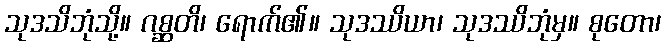
သုဒသိဘုံသို့။ ဂစ္ဆတိ၊ ရောက်၏။ သုဒဿိယာ၊ သုဒဿိဘုံမှ။ စုတော၊